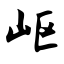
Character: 岖